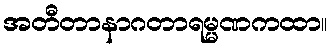
အတီတာနာဂတာရမ္မဏကထာ။